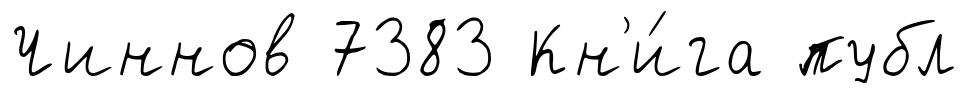
Чиннов 7383 Кн'и́га публ